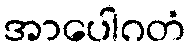
အာပေါဂတံ